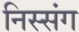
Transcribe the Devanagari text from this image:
निस्संग